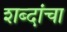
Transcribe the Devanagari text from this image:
शब्‍दांचा